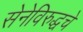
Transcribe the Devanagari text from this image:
सेनेविरुद्धचे